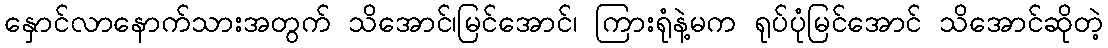
နှောင်လာနောက်သားအတွက် သိအောင်၊မြင်အောင်၊ ကြားရုံနဲ့မက ရုပ်ပုံမြင်အောင် သိအောင်ဆိုတဲ့